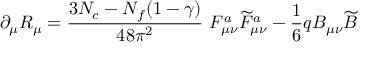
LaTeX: \partial _ { \mu } R _ { \mu } = \frac { 3 N _ { c } - N _ { f } ( 1 - \gamma ) } { 4 8 \pi ^ { 2 } } ~ F _ { \mu \nu } ^ { a } \widetilde { F } _ { \mu \nu } ^ { a } - \frac { 1 } { 6 } q B _ { \mu \nu } \widetilde { B }